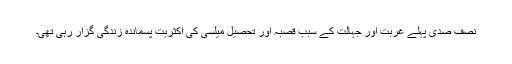
نصف صدی پہلے غربت اور جہالت کے سبب قصبہ اور تحصیل میلسی کی اکثریت پسماندہ زندگی گزار رہی تھی۔